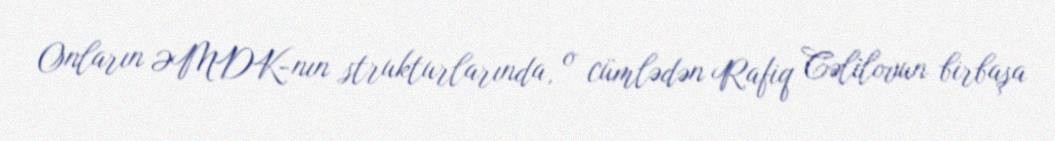
Onların ƏMDK-nın strukturlarında, o cümlədən Rafiq Cəlilovun birbaşa